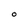
Character: O